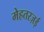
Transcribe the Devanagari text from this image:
मेहतरज़ई